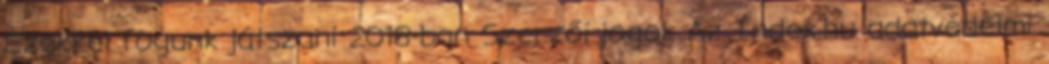
Ezekkel fogunk játszani 2018-ban Szerzői jogok Az Index.hu adatvédelmi